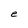
Character: e